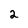
Character: 2